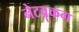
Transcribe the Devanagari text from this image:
नेटवॄकग